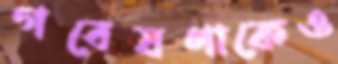
গবেষণাকেও